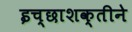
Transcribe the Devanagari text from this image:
इच्छाशक्तीने